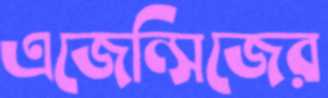
এজেন্সিজের